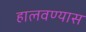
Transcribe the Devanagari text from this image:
हालवण्यास